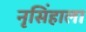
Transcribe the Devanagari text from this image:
नृसिंहाला